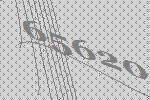
65620